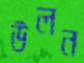
উলন